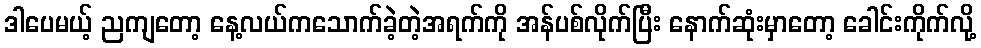
ဒါပေမယ့် ညကျတော့ နေ့လယ်ကသောက်ခဲ့တဲ့အရက်ကို အန်ပစ်လိုက်ပြီး နောက်ဆုံးမှာတော့ ခေါင်းကိုက်လို့